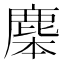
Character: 𪊜